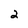
Character: 2